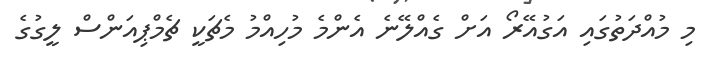
މި މުއްދަތުގައި އަގުއޭރޯ އަށް ގެއްލޭނެ އެންމެ މުހިއްމު މެޗަކީ ޗެމްޕިއަންސް ލީގުގެ